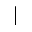
\boldsymbol { | }